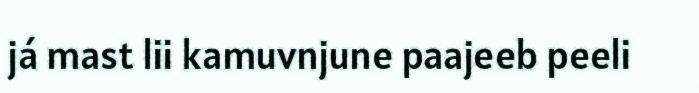
já mast lii kamuvnjune paajeeb peeli